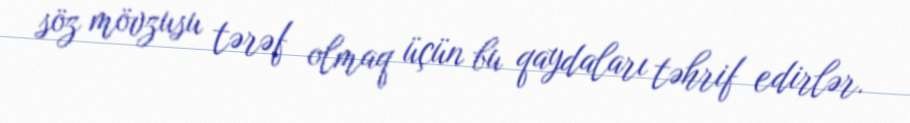
söz mövzusu tərəf olmaq üçün bu qaydaları təhrif edirlər.